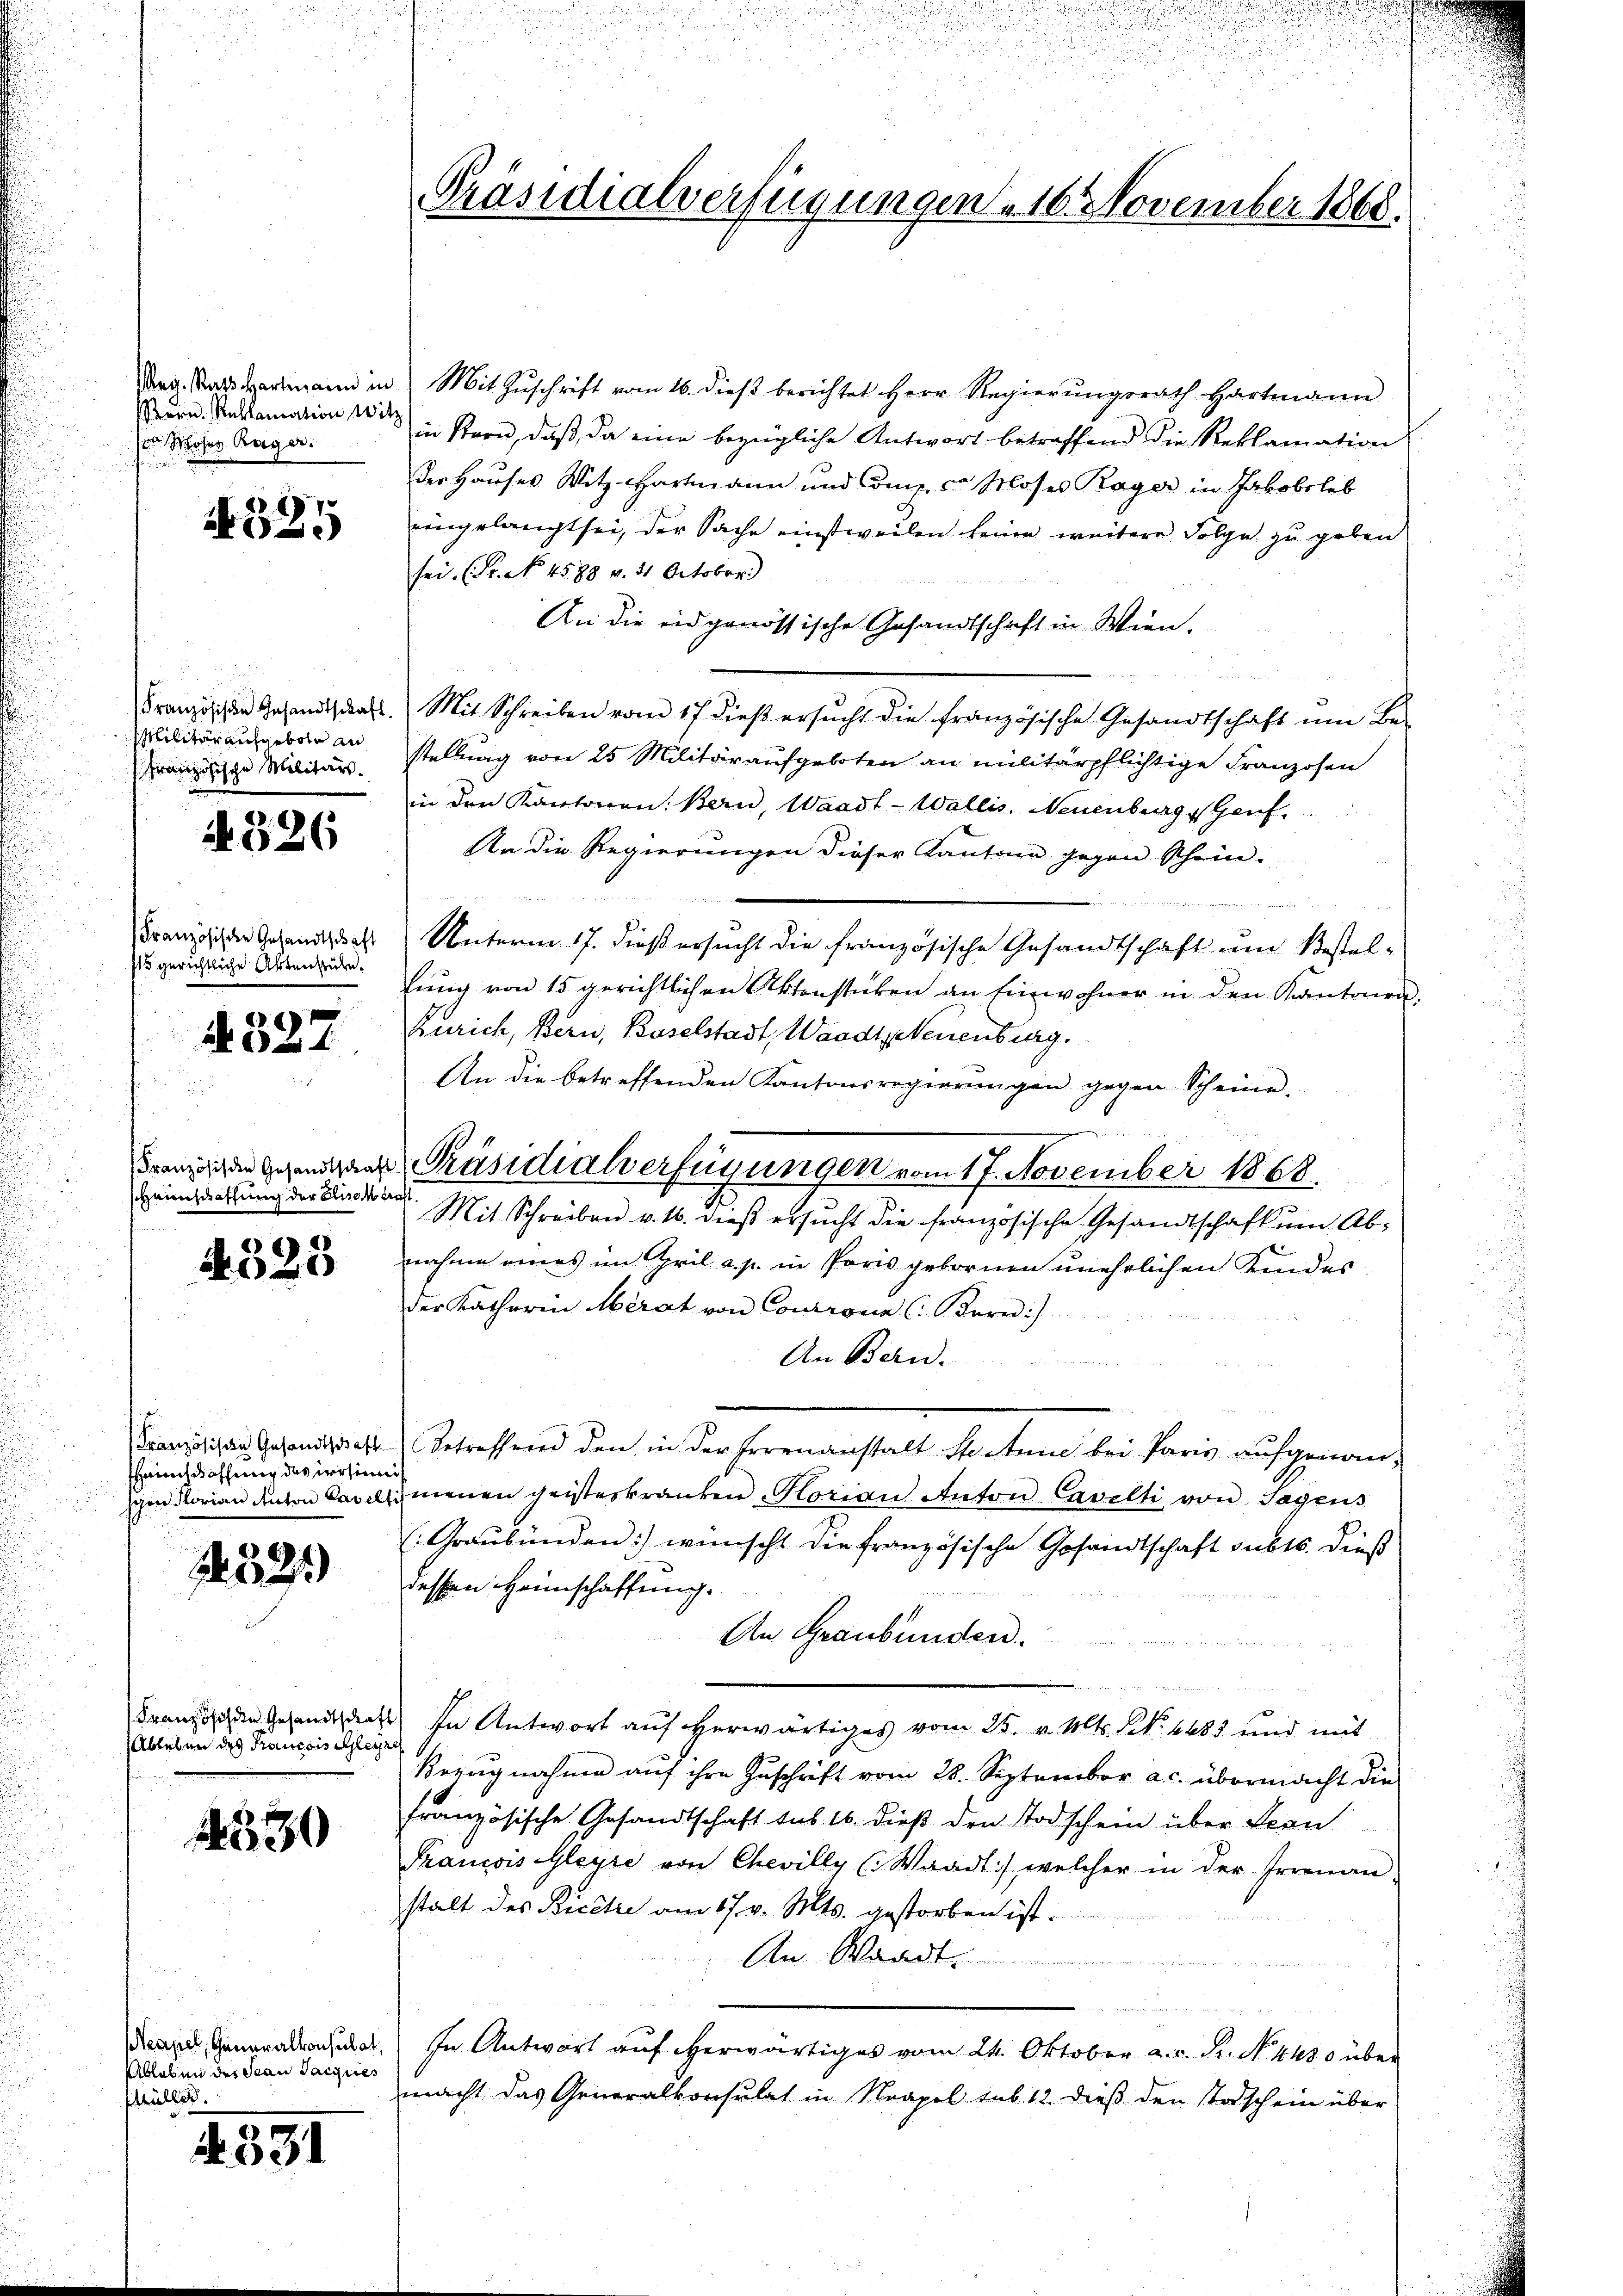
Bern Reklamation will
 Moses Kager.
n

585

Militär aufgebote an
Französische Militärs.

326

115 gerichtliche Artenseilen.

A327

scheinschaffung der Elisch traft

4323

HHaunschaffung des irrsinni

1321)

(Ableben des Francois Gleyre

530

Ableben der Jean Parques
Phüller.

4531

Reg. Stadtmann in Mit Zŭschrift vom 16. dieβ berichtet Herr Regierŭngsrath Hartmann
in Kron, daß, da eine bezügliche Antwort betreffend die Reklamation
der Hauses Witz-Hartmann und Comp. v. Moses Rager in Jakobeleb
eingelangt sei, der Sache einstweilen keine weitere Folge zu geben
sei. (Fr. No. 4588 v. 31 October.)
An die eidgenössische Gesandtschaft in Wien,
n
Französichen Gesandtschaft. Mit Schreiben vom 17. dieβ ersŭcht die französische Gesandtschaft ŭm Be-
stellung von 25 Militäraufgeboten an militärpflichtige Franzosen
in den Kantonen. Bern, Waadt - Wallis, Neuenburg, Genf
An die Regierungen dieser Kantone gegen Schein.
a
Französischen Gesandtacht Unterm 17. dieß ersucht die französische Gesandtschaft und Bestel-
lŭng von 15 gerichtlichen Aktenstücken an Einwohner in den Kantonen
Zürich, Bern, Baselstadt, Waadt, Neuenburg.
An die betreffenden Kantonsregierungen gegen Scheina-
Mit Schreiben v. 16. dieß ersucht die französische Gesandtschaft um Abnahme eines im Gril a. p. in Paris gebornen unehrlichen Kindes
der Katharin Merat von Controne (: Korn:)
An Bern.
Französischen Gesandtschaft Betreffend den in der Errenanstalt Sonne bei Paris aufgenomgen Florian devon Cavallimenen geisteskranken Korian Anton Cavelti von Sagens
(Graubünden) wünscht die französische Gesandtschaft subts. dieß
dessen Heimschaffung.
An Graubünden.
Franzischen Gesandt das in Antwort auf herwärtiges vom 25. v. Mts. NNo. 4483 und mit
Bezŭgnahme aŭf ihre Zuschrift vom 28. September a.c. übermacht die
französische Gesandtschaft sub 16. dieß den Todschein über Bean
Trancois Gleyre von Chevilly (Waadt) welcher in der Irrenau
stalt des Ricotre am 17. v. Mts. gestorben ist.
An Waadt.
Das Generalkonsulat In Antwort auf herwärtiges vom 24. Oktober a. v. R. No. 4430 über
macht das Generalkonsulat in Neapel sub 12. dieß den Todschein über

Präsidialverfügungen . 16. November 1868.

ranzigen Gegendans Präsidialverfügungen vom 17. November 1868.

n